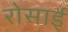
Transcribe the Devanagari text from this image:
रोसाई